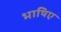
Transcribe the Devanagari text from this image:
भाषिए